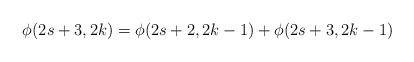
LaTeX: \begin{align*}\phi(2s+3,2k)=\phi(2s+2,2k-1)+\phi(2s+3,2k-1)\end{align*}